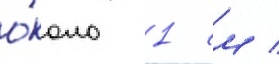
о́коло 1 см /